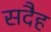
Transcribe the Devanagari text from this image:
सदैह